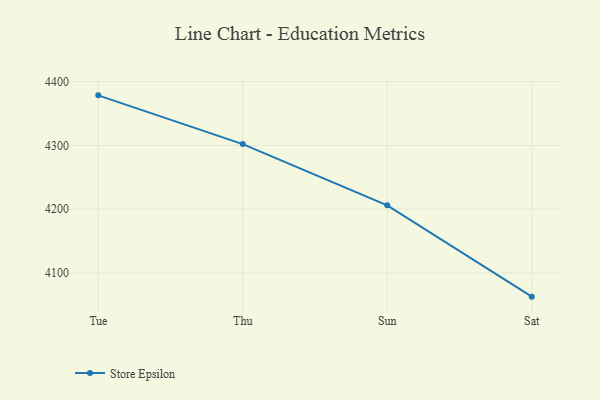
{"axis": {"x": "Day", "y": "Latency (ms)"}, "legend": ["Store Epsilon"], "data": [{"x": "Tue", "y": 4378.6, "type": "Store Epsilon"}, {"x": "Thu", "y": 4302.1, "type": "Store Epsilon"}, {"x": "Sun", "y": 4206.1, "type": "Store Epsilon"}, {"x": "Sat", "y": 4062.8, "type": "Store Epsilon"}]}